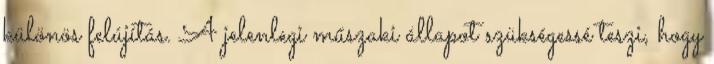
különös felújítás. A jelenlegi műszaki állapot szükségessé teszi, hogy